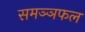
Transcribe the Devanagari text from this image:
समञ्ञफल